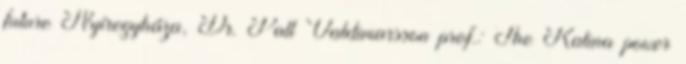
future Nyíregyháza, Dr. Pall Valdimarsson prof.: The Kalina power